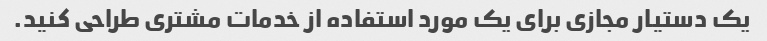
یک دستیار مجازی برای یک مورد استفاده از خدمات مشتری طراحی کنید.